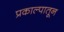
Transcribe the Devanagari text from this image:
प्रकाल्पातून